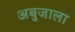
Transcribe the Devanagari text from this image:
अबुजाला